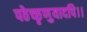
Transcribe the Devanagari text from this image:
पठेच्छृणुयादपि।।